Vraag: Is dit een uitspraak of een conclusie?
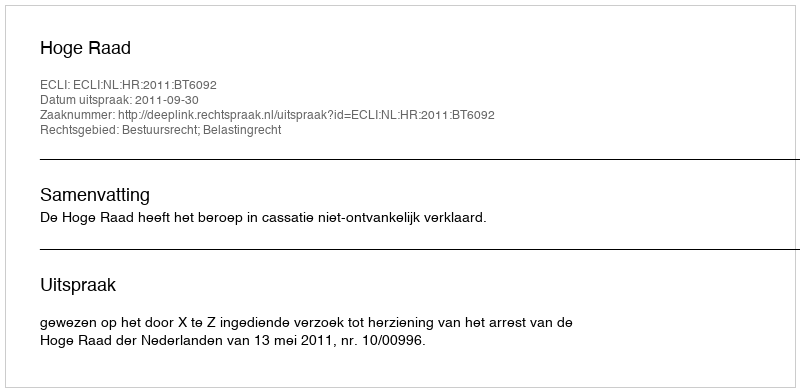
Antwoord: Uitspraak